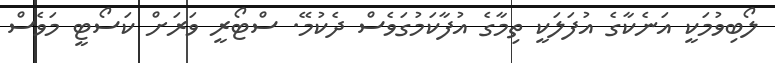
ލޯބިވުމަކީ އަނެކާގެ އުފަލަކީ ތިމާގެ އުފާކަމުގަވެސް ދެކުމޭ. ސްޓޯރީ ވަރަށް ކަސޯޓީ މަވެސް